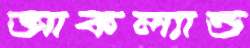
আকল্যান্ড